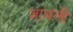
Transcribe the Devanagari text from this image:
जाबली